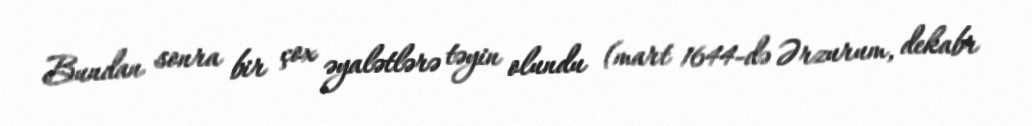
Bundan sonra bir çox əyalətlərə təyin olundu (mart 1644-də Ərzurum, dekabr